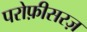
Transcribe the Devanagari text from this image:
परोफ़ीसरज़